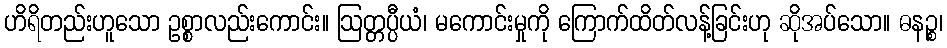
ဟိရိတည်းဟူသော ဥစ္စာလည်းကောင်း။ ဩတ္တပ္ပီယံ၊ မကောင်းမှုကို ကြောက်ထိတ်လန့်ခြင်းဟု ဆိုအပ်သော။ ဓနဉ္စ၊